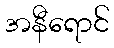
အနီရောင်